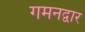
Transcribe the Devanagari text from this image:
गमनद्वार